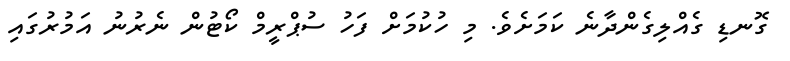
ގޮނޑި ގެއްލިގެންދާނެ ކަމަށެވެ. މި ހުކުމަށް ފަހު ސުޕްރީމް ކޯޓުން ނެރުނު އަމުރުގައި